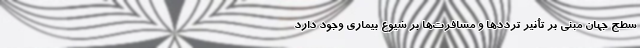
سطح جهان مبنی بر تأثیر ترددها و مسافرت‌ها بر شیوع بیماری وجود دارد